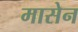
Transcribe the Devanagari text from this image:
मासेन